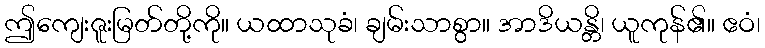
ဤကျေးဇူးမြတ်တို့ကို။ ယထာသုခံ၊ ချမ်းသာစွာ။ အာဒိယန္တိ၊ ယူကုန်၏။ ဧဝံ၊